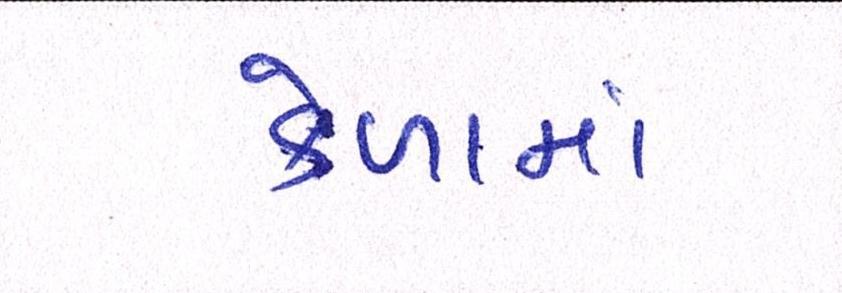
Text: કેળામાં